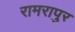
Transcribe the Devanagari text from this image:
रामरापुर